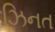
ઝિનત